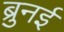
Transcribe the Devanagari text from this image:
ब्रुनई